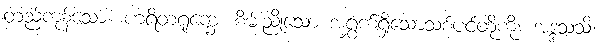
တည်ကုန်သော။ ဟရိတရုက္ခေ၊ စိမ်းညိုသော အရွှက်ရှိသောသစ်ပင်တို့ကို။ အဒ္ဒသသိ၊